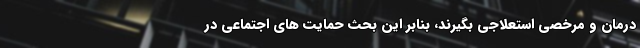
درمان و مرخصی استعلاجی بگیرند، بنابر این بحث حمایت های اجتماعی در